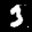
Label: 3